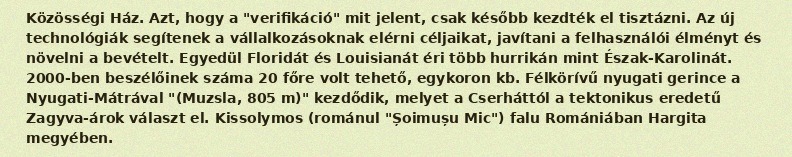
Közösségi Ház. Azt, hogy a "verifikáció" mit jelent, csak később kezdték el tisztázni. Az új technológiák segítenek a vállalkozásoknak elérni céljaikat, javítani a felhasználói élményt és növelni a bevételt. Egyedül Floridát és Louisianát éri több hurrikán mint Észak-Karolinát. 2000-ben beszélőinek száma 20 főre volt tehető, egykoron kb. Félkörívű nyugati gerince a Nyugati-Mátrával "(Muzsla, 805 m)" kezdődik, melyet a Cserháttól a tektonikus eredetű Zagyva-árok választ el. Kissolymos (románul "Șoimușu Mic") falu Romániában Hargita megyében.